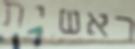
ראשית